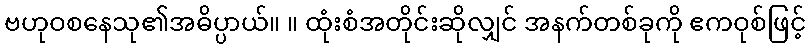
ဗဟုဝစနေသု၏အဓိပ္ပာယ်။ ။ ထုံးစံအတိုင်းဆိုလျှင် အနက်တစ်ခုကို ဧကဝုစ်ဖြင့်